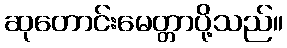
ဆုတောင်းမေတ္တာပို့သည်။